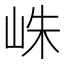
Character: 𪨴